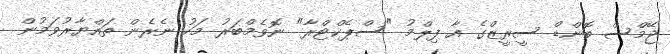
ޖޭމްސް ބޮންޑް ސީރީޒްގެ އާ ފިލްމު "ސްޕެކްޓްރާ" ނޮވެމްބަރު މަހު ނެރެން ތައްޔާރުވަމުން